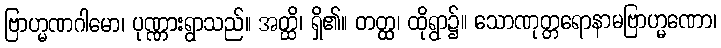
ဗြာဟ္မဏဂါမော၊ ပုဏ္ဏားရွာသည်။ အတ္ထိ၊ ရှိ၏။ တတ္ထ၊ ထိုရွာ၌။ သောဏုတ္တရောနာမဗြာဟ္မဏော၊